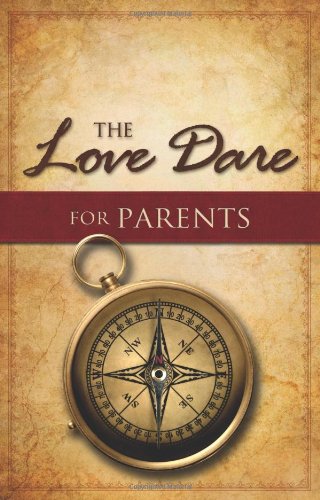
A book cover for The Love Dare for Parents; Stephen Kendrick; Christian Books & Bibles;